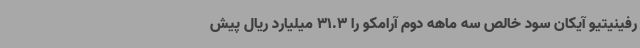
رفینیتیو آیکان سود خالص سه ماهه دوم آرامکو را 31.3 میلیارد ریال پیش